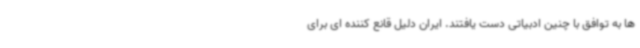
ها به توافق با چنین ادبیاتی دست یافتند. ایران دلیل قانع کننده ای برای